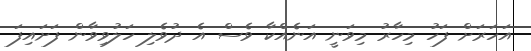
އަހަރަށް ފަހު މިހާރު މިވަނީ އަނެއްކާ ވެސް އެ ދުވެލި ހަލުވިވާން ފަށައިފަ